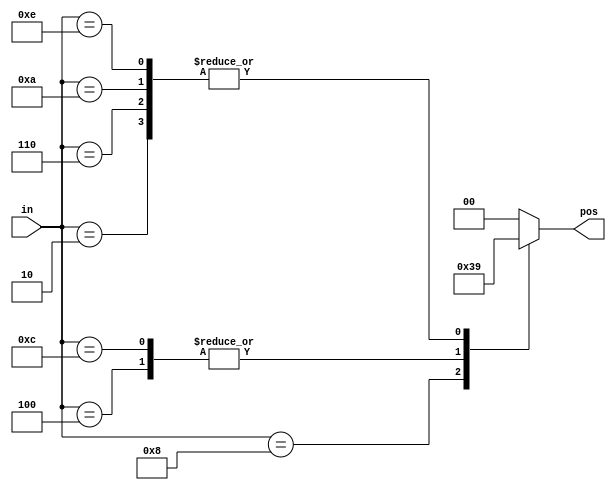
// synthesis verilog_input_version verilog_2001
module top_module (
    input [3:0] in,
    output reg [1:0] pos
);
    always @(*) begin
        case (in)
            2: pos = 1;
            4: pos = 2;
            6: pos = 1;
            8: pos = 3;
            10: pos = 1;
            12: pos = 2;
            14: pos = 1;
            default: pos = 0;
        endcase
    end

endmodule